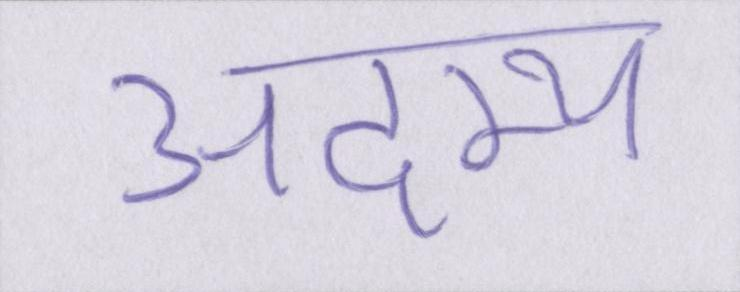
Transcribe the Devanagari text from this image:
अदम्य